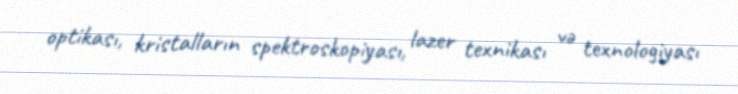
optikası, kristalların spektroskopiyası, lazer texnikası və texnologiyası